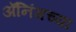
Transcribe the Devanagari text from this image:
ॲनिंगच्या